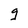
Character: g